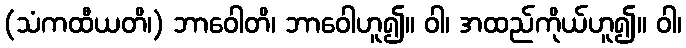
(သံကထီယတိ၊) ဘာဝေါတိ၊ ဘာဝေါဟူ၍။ ဝါ၊ အထည်ကိုယ်ဟူ၍။ ဝါ၊